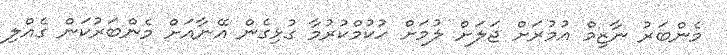
މެންބަރު ނާޒިމް އުމުރަށް ޖަލަށް ލުމަށް ހުކުމްކުރުމާ ގުޅިގެން އޭނާއަށް މެންބަރުކަން ގެއްލި